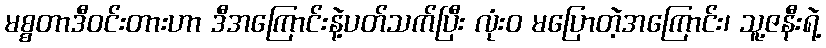
မစ္စတာဒီဝင်းတားဟာ ဒီအကြောင်းနဲ့ပတ်သက်ပြီး လုံးဝ မပြောတဲ့အကြောင်း၊ သူ့ဇနီးရဲ့